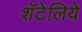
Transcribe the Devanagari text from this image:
शॅटेलिये